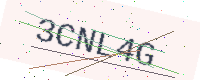
Text: 3CNL4G